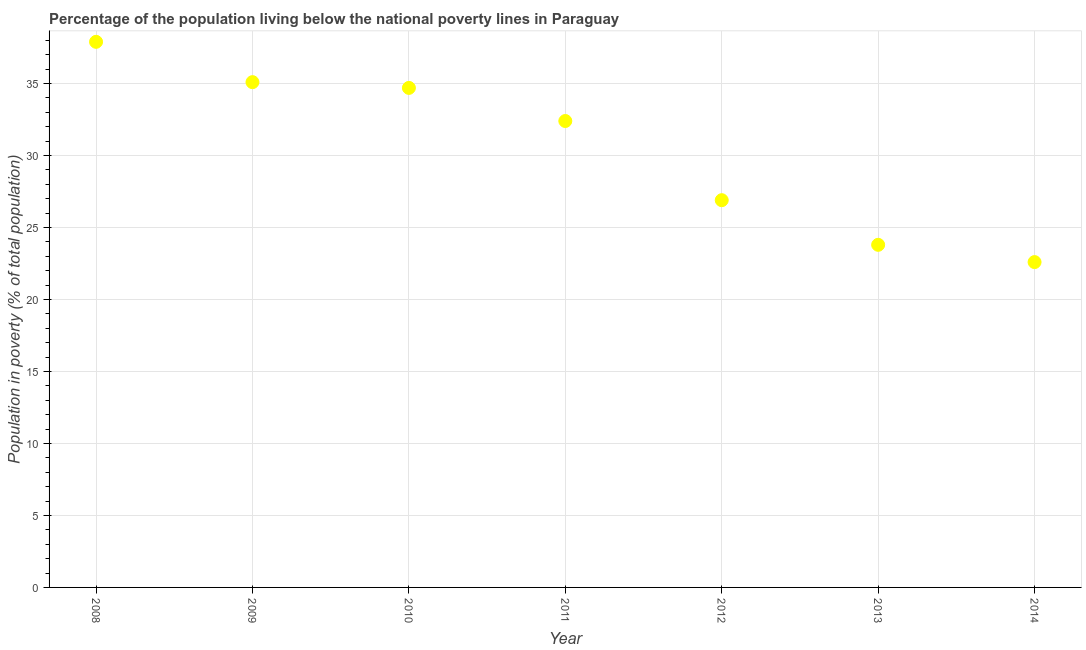
| Year | Poverty headcount ratio |
 | --- | --- |
 | 2008 | 37.9 |
 | 2009 | 35.1 |
 | 2010 | 34.7 |
 | 2011 | 32.4 |
 | 2012 | 26.9 |
 | 2013 | 23.8 |
 | 2014 | 22.6 |